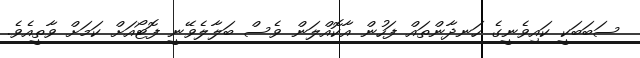
ސަބަބަކީ ކައިވެނީގެ ހަނދާންތައް ފަހުން އާކޮއްލަން ވެސް ބަލާލެވޭނީ ފޮޓޯއަށް ކަމަށް ވާތީއެވެ.